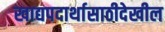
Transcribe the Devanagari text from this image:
खाद्यपदार्थासाठीदेखील